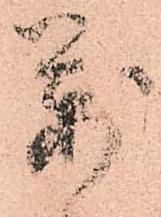
萬